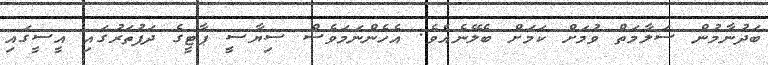
ބަދުނާމުން ސަލާމަތް ވުމަށް ކަމަށް ބެލޭނެއެވެ. އެހެންނަމަވެސް ސިޔާސީ ޕާޓީގެ ދަފުތަރުގައި އީސީގައި